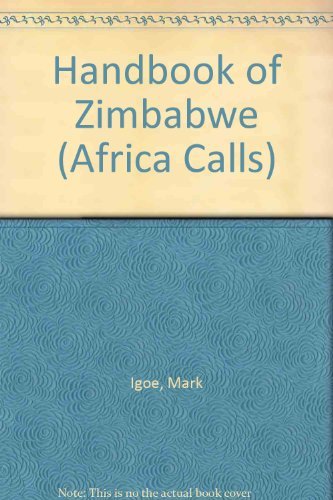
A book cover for Handbook of Zimbabwe (Africa Calls); Mark Igoe; Travel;